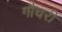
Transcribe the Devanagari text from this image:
गौचरी